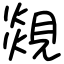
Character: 覢